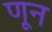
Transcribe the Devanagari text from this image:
णून